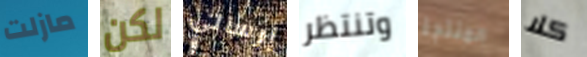
مازلت لكن إرسالي وتنتظر المنتجة كلا